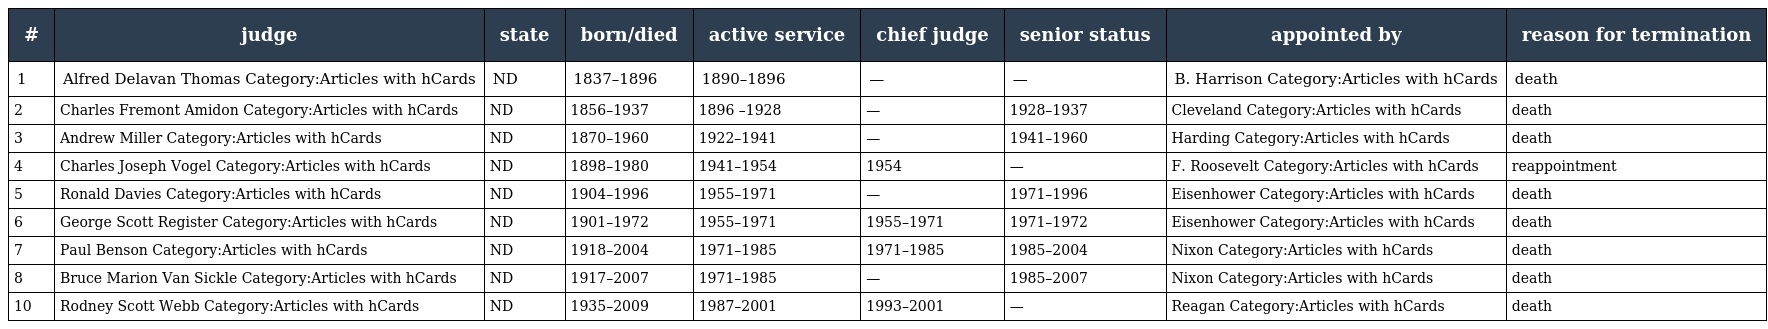
| # | judge | state | born/died | active service | chief judge | senior status | appointed by | reason for termination |
 | --- | --- | --- | --- | --- | --- | --- | --- | --- |
 | 1 | Alfred Delavan Thomas Category:Articles with hCards | ND | 1837–1896 | 1890–1896 | — | — | B. Harrison Category:Articles with hCards | death |
 | 2 | Charles Fremont Amidon Category:Articles with hCards | ND | 1856–1937 | 1896 –1928 | — | 1928–1937 | Cleveland Category:Articles with hCards | death |
 | 3 | Andrew Miller Category:Articles with hCards | ND | 1870–1960 | 1922–1941 | — | 1941–1960 | Harding Category:Articles with hCards | death |
 | 4 | Charles Joseph Vogel Category:Articles with hCards | ND | 1898–1980 | 1941–1954 | 1954 | — | F. Roosevelt Category:Articles with hCards | reappointment |
 | 5 | Ronald Davies Category:Articles with hCards | ND | 1904–1996 | 1955–1971 | — | 1971–1996 | Eisenhower Category:Articles with hCards | death |
 | 6 | George Scott Register Category:Articles with hCards | ND | 1901–1972 | 1955–1971 | 1955–1971 | 1971–1972 | Eisenhower Category:Articles with hCards | death |
 | 7 | Paul Benson Category:Articles with hCards | ND | 1918–2004 | 1971–1985 | 1971–1985 | 1985–2004 | Nixon Category:Articles with hCards | death |
 | 8 | Bruce Marion Van Sickle Category:Articles with hCards | ND | 1917–2007 | 1971–1985 | — | 1985–2007 | Nixon Category:Articles with hCards | death |
 | 10 | Rodney Scott Webb Category:Articles with hCards | ND | 1935–2009 | 1987–2001 | 1993–2001 | — | Reagan Category:Articles with hCards | death |